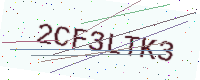
Text: 2CF3LTK3